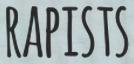
RAPISTS